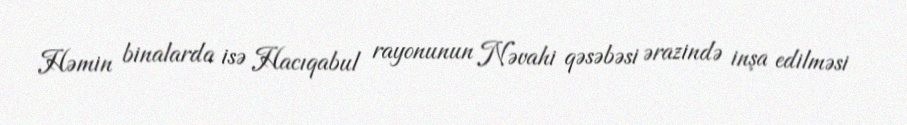
Həmin binalarda isə Hacıqabul rayonunun Nəvahi qəsəbəsi ərazində inşa edilməsi